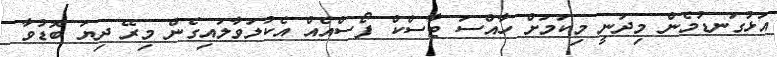
އަޅުގަނޑުމެން މިދަނީ މިކަމަށް ހާއްސަ ޓާސްކް ފޯސްއެއް އެކުލަވާލައިގެން މިރޭ ދިޔަ ބޮޑުވާ